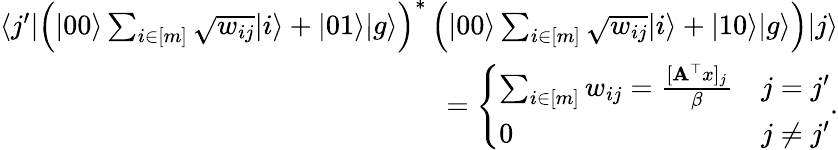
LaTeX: \begin{array}{r}{\langle j^{\prime}|\left(|00\rangle\sum_{i\in[m]}\sqrt{w_{ij}}|i\rangle+|01\rangle|g\rangle\right)^{*}\left(|00\rangle\sum_{i\in[m]}\sqrt{w_{ij}}|i\rangle+|10\rangle|g\rangle\right)|j\rangle}\\ {=\left\{ \begin{array}{ll}{\sum_{i\in[m]}w_{ij}=\frac{[\mathbf{A}^{\top}x]_{j}}{\beta}}&{j=j^{\prime}}\\ {0}&{j\neq j^{\prime}}\end{array}\right..}\end{array}